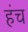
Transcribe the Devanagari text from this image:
हंच